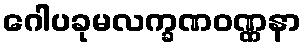
ဂေါပခုမလက္ခဏဝဏ္ဏနာ